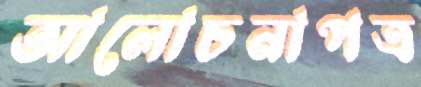
আলোচনাপত্র